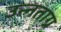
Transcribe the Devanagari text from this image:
उन्नताग्र